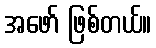
အဖော် ဖြစ်တယ်။